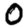
Digit: 0